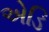
એડિ